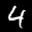
Label: 4